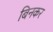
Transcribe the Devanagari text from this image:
बिनकर